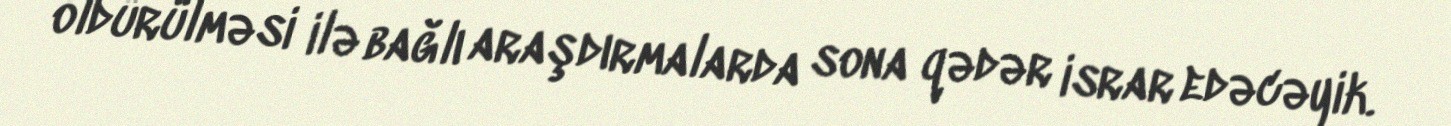
öldürülməsi ilə bağlı araşdırmalarda sona qədər israr edəcəyik.